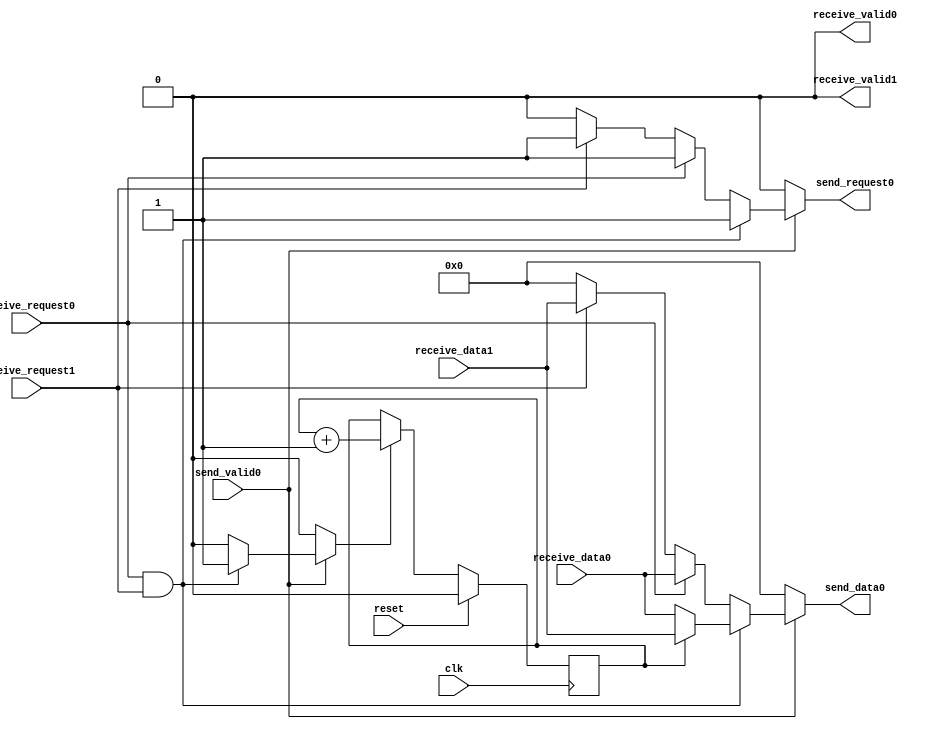
// A simple 2-to-1 arbiter
// TODO: Generalize/parameterize this!
// TODO: Possibly buffering input to improve performance

module arbiter (
  input clk,
  input reset,

  input [31:0] receive_data0,
  input receive_request0,
  output reg receive_valid0,

  input [31:0] receive_data1,
  input receive_request1,
  output reg receive_valid1,

  output reg [31:0] send_data0,
  output reg send_request0,
  input send_valid0
);

  reg update_rr;
  reg [0:0] round_robin_counter;
  always @(posedge clk) begin
    if (reset)
      round_robin_counter <= 0;
    else begin
      if (update_rr)
        round_robin_counter <= round_robin_counter + 1;
    end
  end

  always @(*) begin
    send_data0 = 0;
    send_request0 = 1'b0;
    receive_valid0 = 1'b0;
    receive_valid1 = 1'b0;
    update_rr = 1'b0;
    if (send_valid0) begin
      if (receive_request0 && receive_request1) begin
        if (round_robin_counter == 0) begin
          send_data0 = receive_data0;
	  receive_valid1 = 1'b0;
        end
        else begin
          send_data0 = receive_data1;
	  receive_valid0 = 1'b0;
        end
        send_request0 = 1'b1;
	update_rr = 1'b1;
      end
      else if (receive_request0) begin
        send_data0 = receive_data0;
        send_request0 = 1'b1;
        receive_valid1 = 1'b0;
      end
      else if (receive_request1) begin
        send_data0 = receive_data1;
        send_request0 = 1'b1;
        receive_valid0 = 1'b0;
      end
    end
  end

endmodule